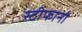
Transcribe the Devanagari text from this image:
स्टीफानो